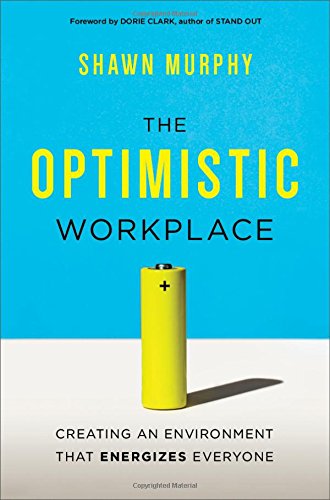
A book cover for The Optimistic Workplace: Creating an Environment That Energizes Everyone; Shawn Murphy; Business & Money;